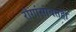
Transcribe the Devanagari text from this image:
रोगांसोबतही